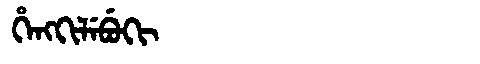
Manchu: ᡥᡝᠩᡴᡳᠯᡝᠪᡠᡴᡳ
Romanization: HENGKILEBUKI